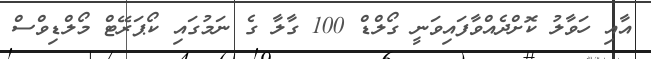
އާއި ހަވާލު ކޮށްދެއްވާފައިވަނީ ގޯލްޑް 100 ގާލާ ގެ ނަމުގައި ކޯޕަރޭޓް މޯލްޑިވްސް